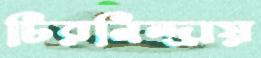
চিরনিন্দ্রায়